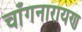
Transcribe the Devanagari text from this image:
चाँगनारायण